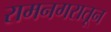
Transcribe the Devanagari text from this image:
रामनगरातून